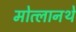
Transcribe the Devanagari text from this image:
मोत्लानथे